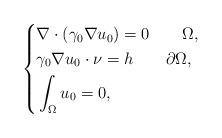
LaTeX: \begin{align*}\left\{\begin{aligned}&\nabla\cdot(\gamma_0\nabla u_0)=0\quad\quad\Omega,\\&\gamma_0\nabla u_0\cdot\nu=h\quad\quad\partial\Omega,\\&\int_{\Omega}u_0=0,\end{aligned}\right.\end{align*}